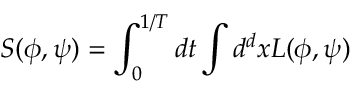
S ( \phi , \psi ) = \int _ { 0 } ^ { 1 / T } d t \int d ^ { d } x { \cal L } ( \phi , \psi )